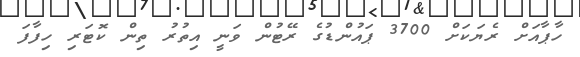
ހާޕާއަށް ރެޔަކަށް 3700 ޕައުންޑުގެ ރޭޓުން ވަނީ އިތުރު ތިން ކޮޓަރި ހިފާފަ